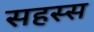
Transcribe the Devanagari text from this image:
सहस्स